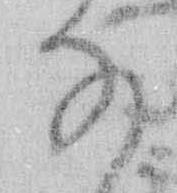
な